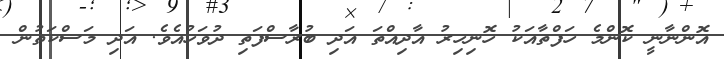
އޮންނާނީ ކޮންމެ ހަފްތާއަކު ހޮނިހިރު އާދިއްތަ އަދި ބުރާސްފަތި ދުވަހުއެވެ. އަދި މަސްކަތުން